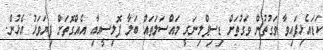
ކަޑައެޅިފައިވާ ވަގުތުން ވަގުތަށް ޑިސިޕްލިނަރީ މައްސަލަތައް ބަލާ ޕޮލިސީއާއި އެއްގޮތަށް ފިޔަވަޅު އެޅުން.